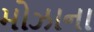
મોઝાના